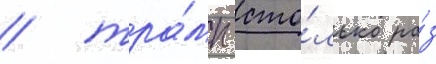
/ тра́мп сто́лько ра́з